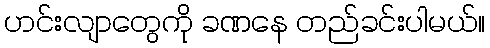
ဟင်းလျာတွေကို ခဏနေ တည်ခင်းပါမယ်။